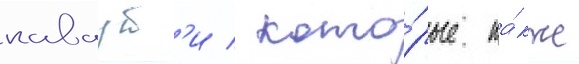
каваут'и / кото́рые та́кже